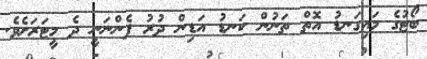
ބޯޓުގެ މައިގަނޑު އޮތް ތަނުން ކަނޑު އަޑިން ދުރު ފެންނަނީ ދެ މީޓަރަށެވެ.